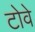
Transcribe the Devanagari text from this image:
टोवे